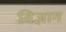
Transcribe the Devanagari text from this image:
विज्ञाग